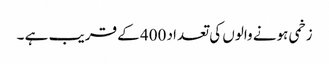
زخمی ہونے والوں کی تعداد 400 کے قریب ہے ۔